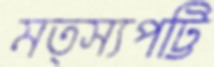
মত্স্যপট্টি